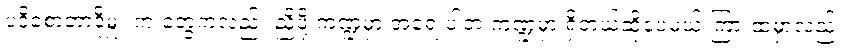
ပဒိုစောတာဒိုမှူး က တွေကလည်း ညှိဖို့ ကဏ္ဍမှာ အရေးပါတဲ့ ကဏ္ဍမှာ ရှိတယ်ဆိုပေမယ့် ကြားထဲမှာလည်း